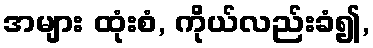
အများ ထုံးစံ, ကိုယ်လည်းခံ၍,